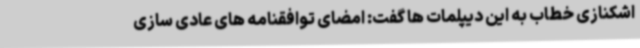
اشکنازی خطاب به این دیپلمات ها گفت: امضای توافقنامه های عادی سازی